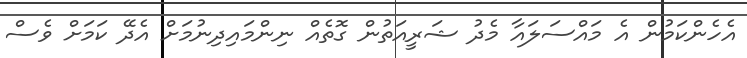
އެހެންކަމުން އެ މައްސަލައާ މެދު ޝަރީއަތުން ގޮތެއް ނިންމައިދިނުމަށް އެދޭ ކަމަށް ވެސް